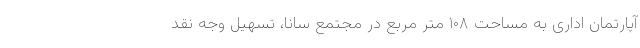
آپارتمان اداری به مساحت ۱۰۸ متر مربع در مجتمع سانا، تسهیل وجه نقد